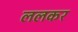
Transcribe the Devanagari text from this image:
ललकर